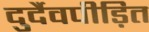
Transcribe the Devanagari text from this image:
दुर्दैवपीड़ित